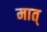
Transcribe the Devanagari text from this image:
मात्